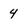
Character: 4